Report of the Indian Hemp Drugs Commission, 1894-1895 - Volume VIII
Year: 1894
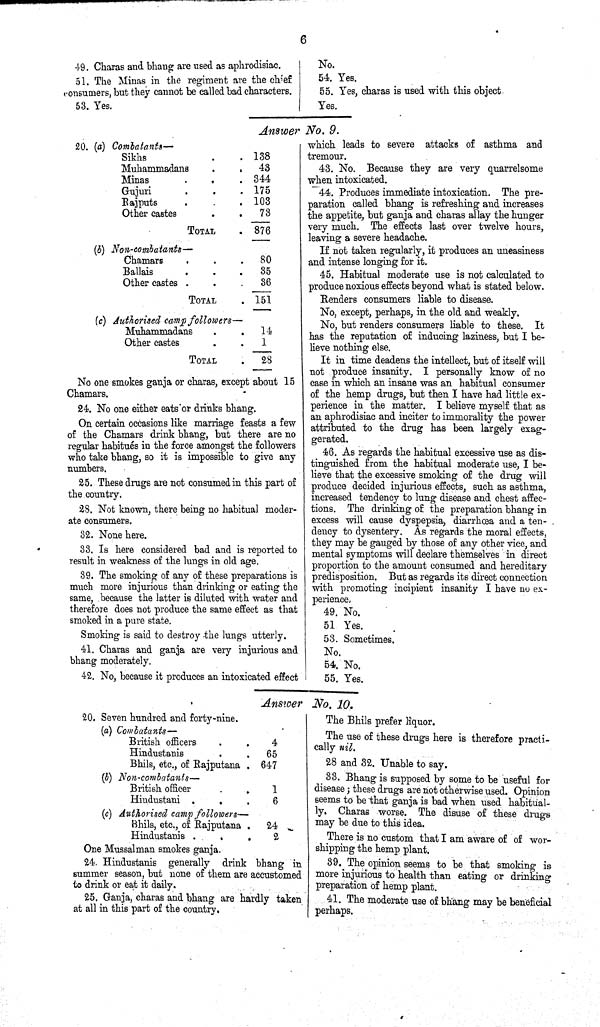
6
49. Charas and bhang are used as aphrodisiac.
51. The Minas in the regiment are the chief
consumers, but they cannot be called bad characters.
53. Yes.
No.
54. Yes.
55. Yes, charas is used with this object
Yes.
Answer No. 9.
20. (a) Combatants—
Sikhs
138
Muhammadans
43
Minas
344
Gujuri
175
Rajputs
103
Other castes
73
TOTAL
876
(b) Non-combatants—
Chamars
80
Ballais
35
Other castes
36
TOTAL
151
(c) Authorised camp followers—
Muhammadans
14
Other castes
1
TOTAL
28
No one smokes ganja or charas, except about 15
Chamars.
24. No one either eats or drinks bhang.
On certain occasions like marriage feasts a few
of the Chamars drink bhang, but there are no
regular habitués in the force amongst the followers
who take bhang, so it is impossible to give any
numbers.
25. These drugs are not consumed in this part of
the country.
28. Not known, there being no habitual moder-
ate consumers.
32. None here.
33. Is here considered bad and is reported to
result in weakness of the lungs in old age.
39. The smoking of any of these preparations is
much more injurious than drinking or eating the
same, because the latter is diluted with water and
therefore does not produce the same effect as that
smoked in a pure state.
Smoking is said to destroy the lungs utterly.
41. Charas and ganja are very injurious and
bhang moderately.
42. No, because it produces an intoxicated effect
which leads to severe attacks of asthma and
tremour.
43. No. Because they are very quarrelsome
when intoxicated.
44. Produces immediate intoxication. The pre-
paration called bhang is refreshing and increases
the appetite, but ganja and charas allay the hunger
very much. The effects last over twelve hours,
leaving a severe headache.
If not taken regularly, it produces an uneasiness
and intense longing for it.
45. Habitual moderate use is not calculated to
produce noxious effects beyond what is stated below.
Renders consumers liable to disease.
No, except, perhaps, in the old and weakly.
No, but renders consumers liable to these. It
has the reputation of inducing laziness, but I be-
lieve nothing else.
It in time deadens the intellect, but of itself will
not produce insanity. I personally know of no
case in which an insane was an habitual consumer
of the hemp drugs, but then I have had little ex-
perience in the matter. I believe myself that as
an aphrodisiac and inciter to immorality the power
attributed to the drug has been largely exag-
gerated.
46. As regards the habitual excessive use as dis-
tinguished from the habitual moderate use, I be-
lieve that the excessive smoking of the drug will
produce decided injurious effects, such as asthma,
increased tendency to lung disease and chest affec-
tions. The drinking of the preparation bhang in
excess will cause dyspepsia, diarrhœa and a ten-
dency to dysentery. As regards the moral effects,
they may be gauged by those of any other vice, and
mental symptoms will declare themselves in direct
proportion to the amount consumed and hereditary
predisposition. But as regards its direct connection
with promoting incipient insanity I have no ex-
perience.
49. No.
51 Yes.
53. Sometimes.
No.
54. No.
55. Yes.
Answer No. 10.
20. Seven hundred and forty-nine.
(a) Combatants—
British officers
4
Hindustanis
65
Bhils, etc., of Rajputana
647
(b) Non-combatants—
British officer
1
Hindustani
6
(c) Authorised camp followers—
Bhils, etc., of Rajputana
24
Hindustanis
2
One Mussalman smokes ganja.
24. Hindustanis generally drink bhang in
summer season, but none of them are accustomed
to drink or eat it daily.
25. Ganja, charas and bhang are hardly taken
at all in this part of the country.
The Bhils prefer liquor.
The use of these drugs here is therefore practi-
cally nil.
28 and 32. Unable to say.
33. Bhang is supposed by some to be useful for
disease; these drugs are not otherwise used. Opinion
seems to be that ganja is bad when Used habitual-
ly, Charas worse. The disuse of these drugs
may be due to this idea.
There is no custom that I am aware of of wor-
shipping the hemp plant.
39. The opinion seems to be that smoking is
more injurious to health than eating or drinking
preparation of hemp plant.
41. The moderate use of bhang may be beneficial
perhaps.